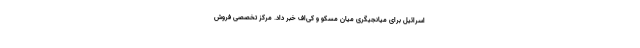
اسرائیل برای میانجیگری میان مسکو و کی‌اف خبر داد. مرکز تخصصی فروش